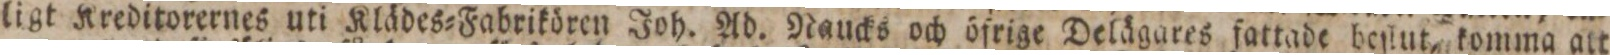
ligt Kreditorernes uti Klädes=Fabrikören Joh. Ad. Naucks och öfrige Delägares fattade beſlut, komma att